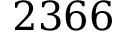
2 3 6 6